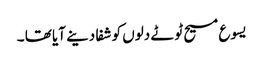
یسوع مسیح ٹوٹے دلوں کو شفا دینے آیا تھا ۔